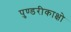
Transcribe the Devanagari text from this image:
पुण्डरीकाक्षो